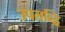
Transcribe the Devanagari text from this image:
उपलब्द्धि